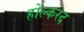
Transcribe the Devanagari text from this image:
होल्करद